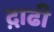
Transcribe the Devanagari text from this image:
द़ाढी